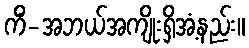
ကိံ-အဘယ်အကျိုးရှိအံ့နည်း။